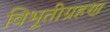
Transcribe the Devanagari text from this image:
विभूतीग्रहण